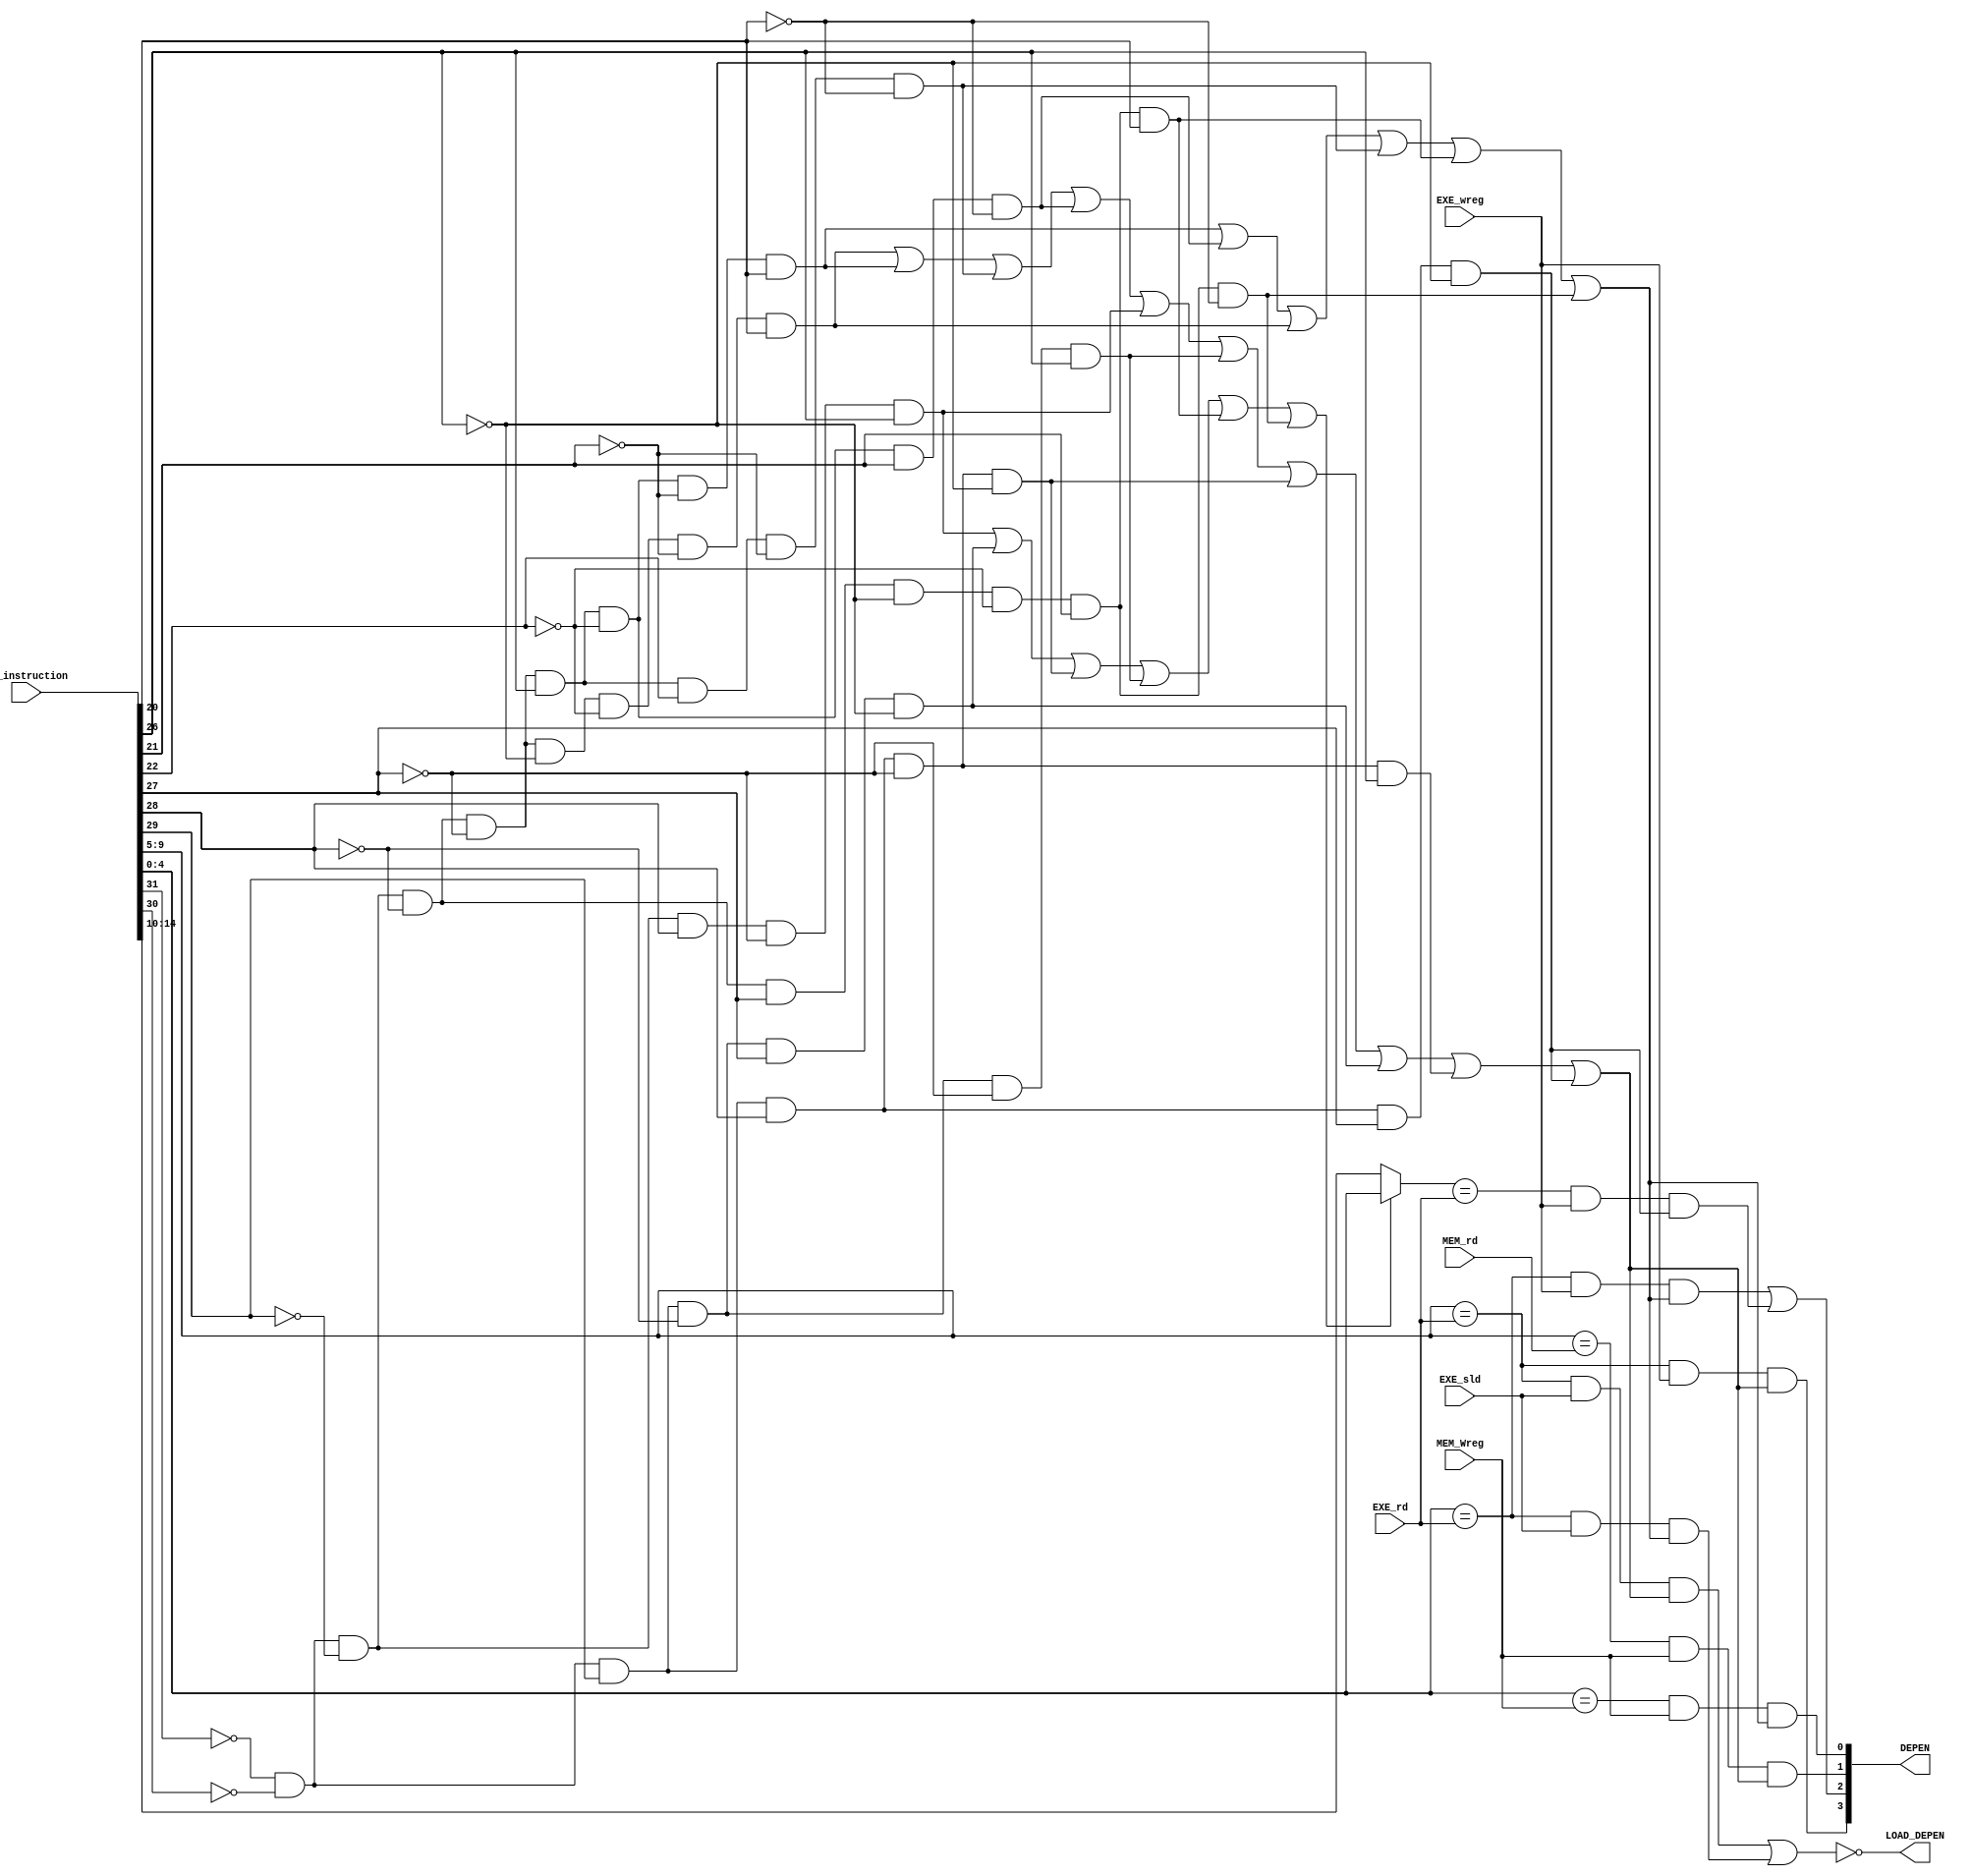
`timescale 1ns / 1ps
//////////////////////////////////////////////////////////////////////////////////
// Company:
// Engineer:
//
// Design Name:
// Module Name:    DataHazardDepen
// Project Name:
// Target Devices:
// Tool versions:
// Description:
//
// Dependencies:
//
// Revision:
// Revision 0.01 - File Created
// Additional Comments:
//
//////////////////////////////////////////////////////////////////////////////////
module DataHazardDepen(
           input[31:0] ID_instruction,
           input [4:0]EXE_rd,
           input EXE_wreg,
           input EXE_sld,
           input[4:0] MEM_rd,
           input MEM_Wreg,
           output [3:0] DEPEN,
           output LOAD_DEPEN
       );
wire[5:0] op,func;
wire i_add,i_and,i_or,i_xor;
wire i_addi,i_andi,i_xori,i_ori;
wire i_load,i_store;
wire i_sll,i_srl;
wire ID_rs1ISReg,ID_rs2ISReg;
wire [4:0] ID_rs1,ID_rs2;
wire [4:0]ID_rd;
wire ID_is_imm_ins;
wire EXE_ADEPEN,EXE_BDEPEN;
wire MEM_ADEPEN,MEM_BDEPEN;
wire LOAD_A_DEPEN,LOAD_B_DEPEN;
assign op  = ID_instruction[31:26];
assign func =ID_instruction[25:20];
assign ID_rs1 = ID_instruction[9:5];
assign ID_rs2 = ID_instruction[4:0];
and(i_add,~op[5],~op[4],~op[3],~op[2],~op[1],~op[0],~func[2],~func[1],func[0]);		//add
and(i_and,~op[5],~op[4],~op[3],~op[2],~op[1],op[0],~func[2],~func[1],func[0]);		//and
and(i_or,~op[5],~op[4],~op[3],~op[2],~op[1],op[0],~func[2],func[1],~func[0]);		//or
and(i_xor,~op[5],~op[4],~op[3],~op[2],~op[1],op[0],func[2],~func[1],~func[0]);		//xor

and(i_srl,~op[5],~op[4],~op[3],~op[2],op[1],~op[0],~func[2],func[1],~func[0]);		//srl
and(i_sll,~op[5],~op[4],~op[3],~op[2],op[1],~op[0],~func[2],func[1],func[0]);		//sll


and(i_addi,~op[5],~op[4],~op[3],op[2],~op[1],op[0]);		//addi
and(i_andi,~op[5],~op[4],op[3],~op[2],~op[1],op[0]);		//andi
and(i_ori,~op[5],~op[4],op[3],~op[2],op[1],~op[0]);		//ori
and(i_xori,~op[5],~op[4],op[3],op[2],~op[1],~op[0]);		//xori

and(i_load,~op[5],~op[4],op[3],op[2],~op[1],op[0]);		//load
and(i_store,~op[5],~op[4],op[3],op[2],op[1],~op[0]);

assign ID_is_imm_ins = i_addi | i_ori | i_xori | i_andi | i_sll | i_srl;
assign ID_rd = ID_is_imm_ins?ID_instruction[4:0]:ID_instruction[14:10];

//[9:5]
or(ID_rs1ISReg,
   i_add,i_and,i_xor,i_or,
   i_addi,i_andi,i_xori,i_ori,
   i_load,i_store
  );

assign LOAD_A_DEPEN = (ID_rs1 == EXE_rd) && EXE_sld && ID_rs1ISReg;
assign LOAD_B_DEPEN = (ID_rs2 == EXE_rd) && EXE_sld && ID_rs2ISReg;
//[4:0]
or(ID_rs2ISReg,i_and,i_or,i_add,i_xor,i_sll,i_srl);
assign EXE_ADEPEN = (ID_rs1 == EXE_rd) && EXE_wreg  &&ID_rs1ISReg ;
assign EXE_BDEPEN = ((ID_rs2 == EXE_rd) && EXE_wreg && ID_rs2ISReg == 1) || ((ID_rd == EXE_rd) &&EXE_wreg &&i_store);

assign MEM_ADEPEN = (ID_rs1 == MEM_rd)&&MEM_Wreg  && ID_rs1ISReg ;
assign MEM_BDEPEN = (ID_rs2 == MEM_Wreg) && MEM_Wreg  && ID_rs2ISReg ;
assign DEPEN =  {EXE_ADEPEN ,EXE_BDEPEN , MEM_ADEPEN ,MEM_BDEPEN};
assign LOAD_DEPEN = ~(LOAD_A_DEPEN || LOAD_B_DEPEN);
//assign LOAD_DEPEN  = ~EXE_sld;
endmodule